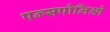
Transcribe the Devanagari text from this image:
पल्सपोलिओ